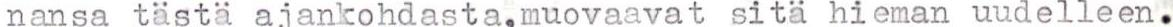
nansa tästä ajankohdasta,muovaavat sitä hieman uudelleen.